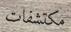
مكتشفات